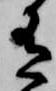
有